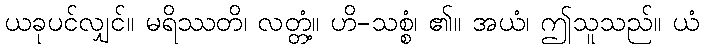
ယခုပင်လျှင်။ မရိဿတိ၊ လတ္တံ့။ ဟိ-သစ္စံ၊ ၏။ အယံ၊ ဤသူသည်။ ယံ